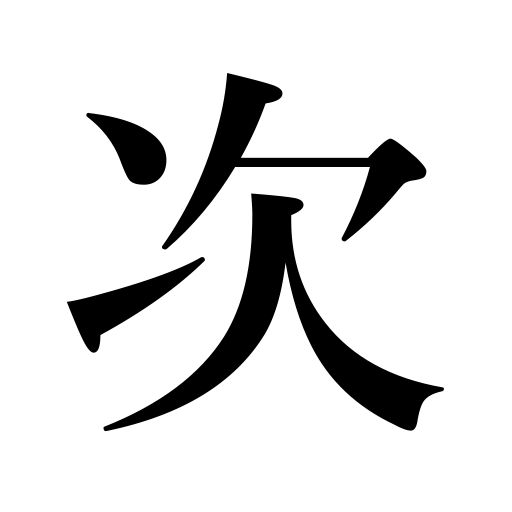
Meanings: come later,stage,stage station,order,rank next to,next,below,times,sequence